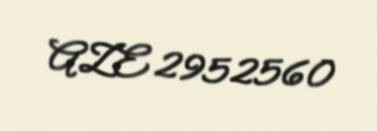
AZE 2952560